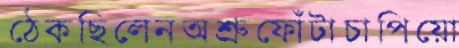
ঠেকছিলেনঅশ্রুফোঁটাচাপিয়ো